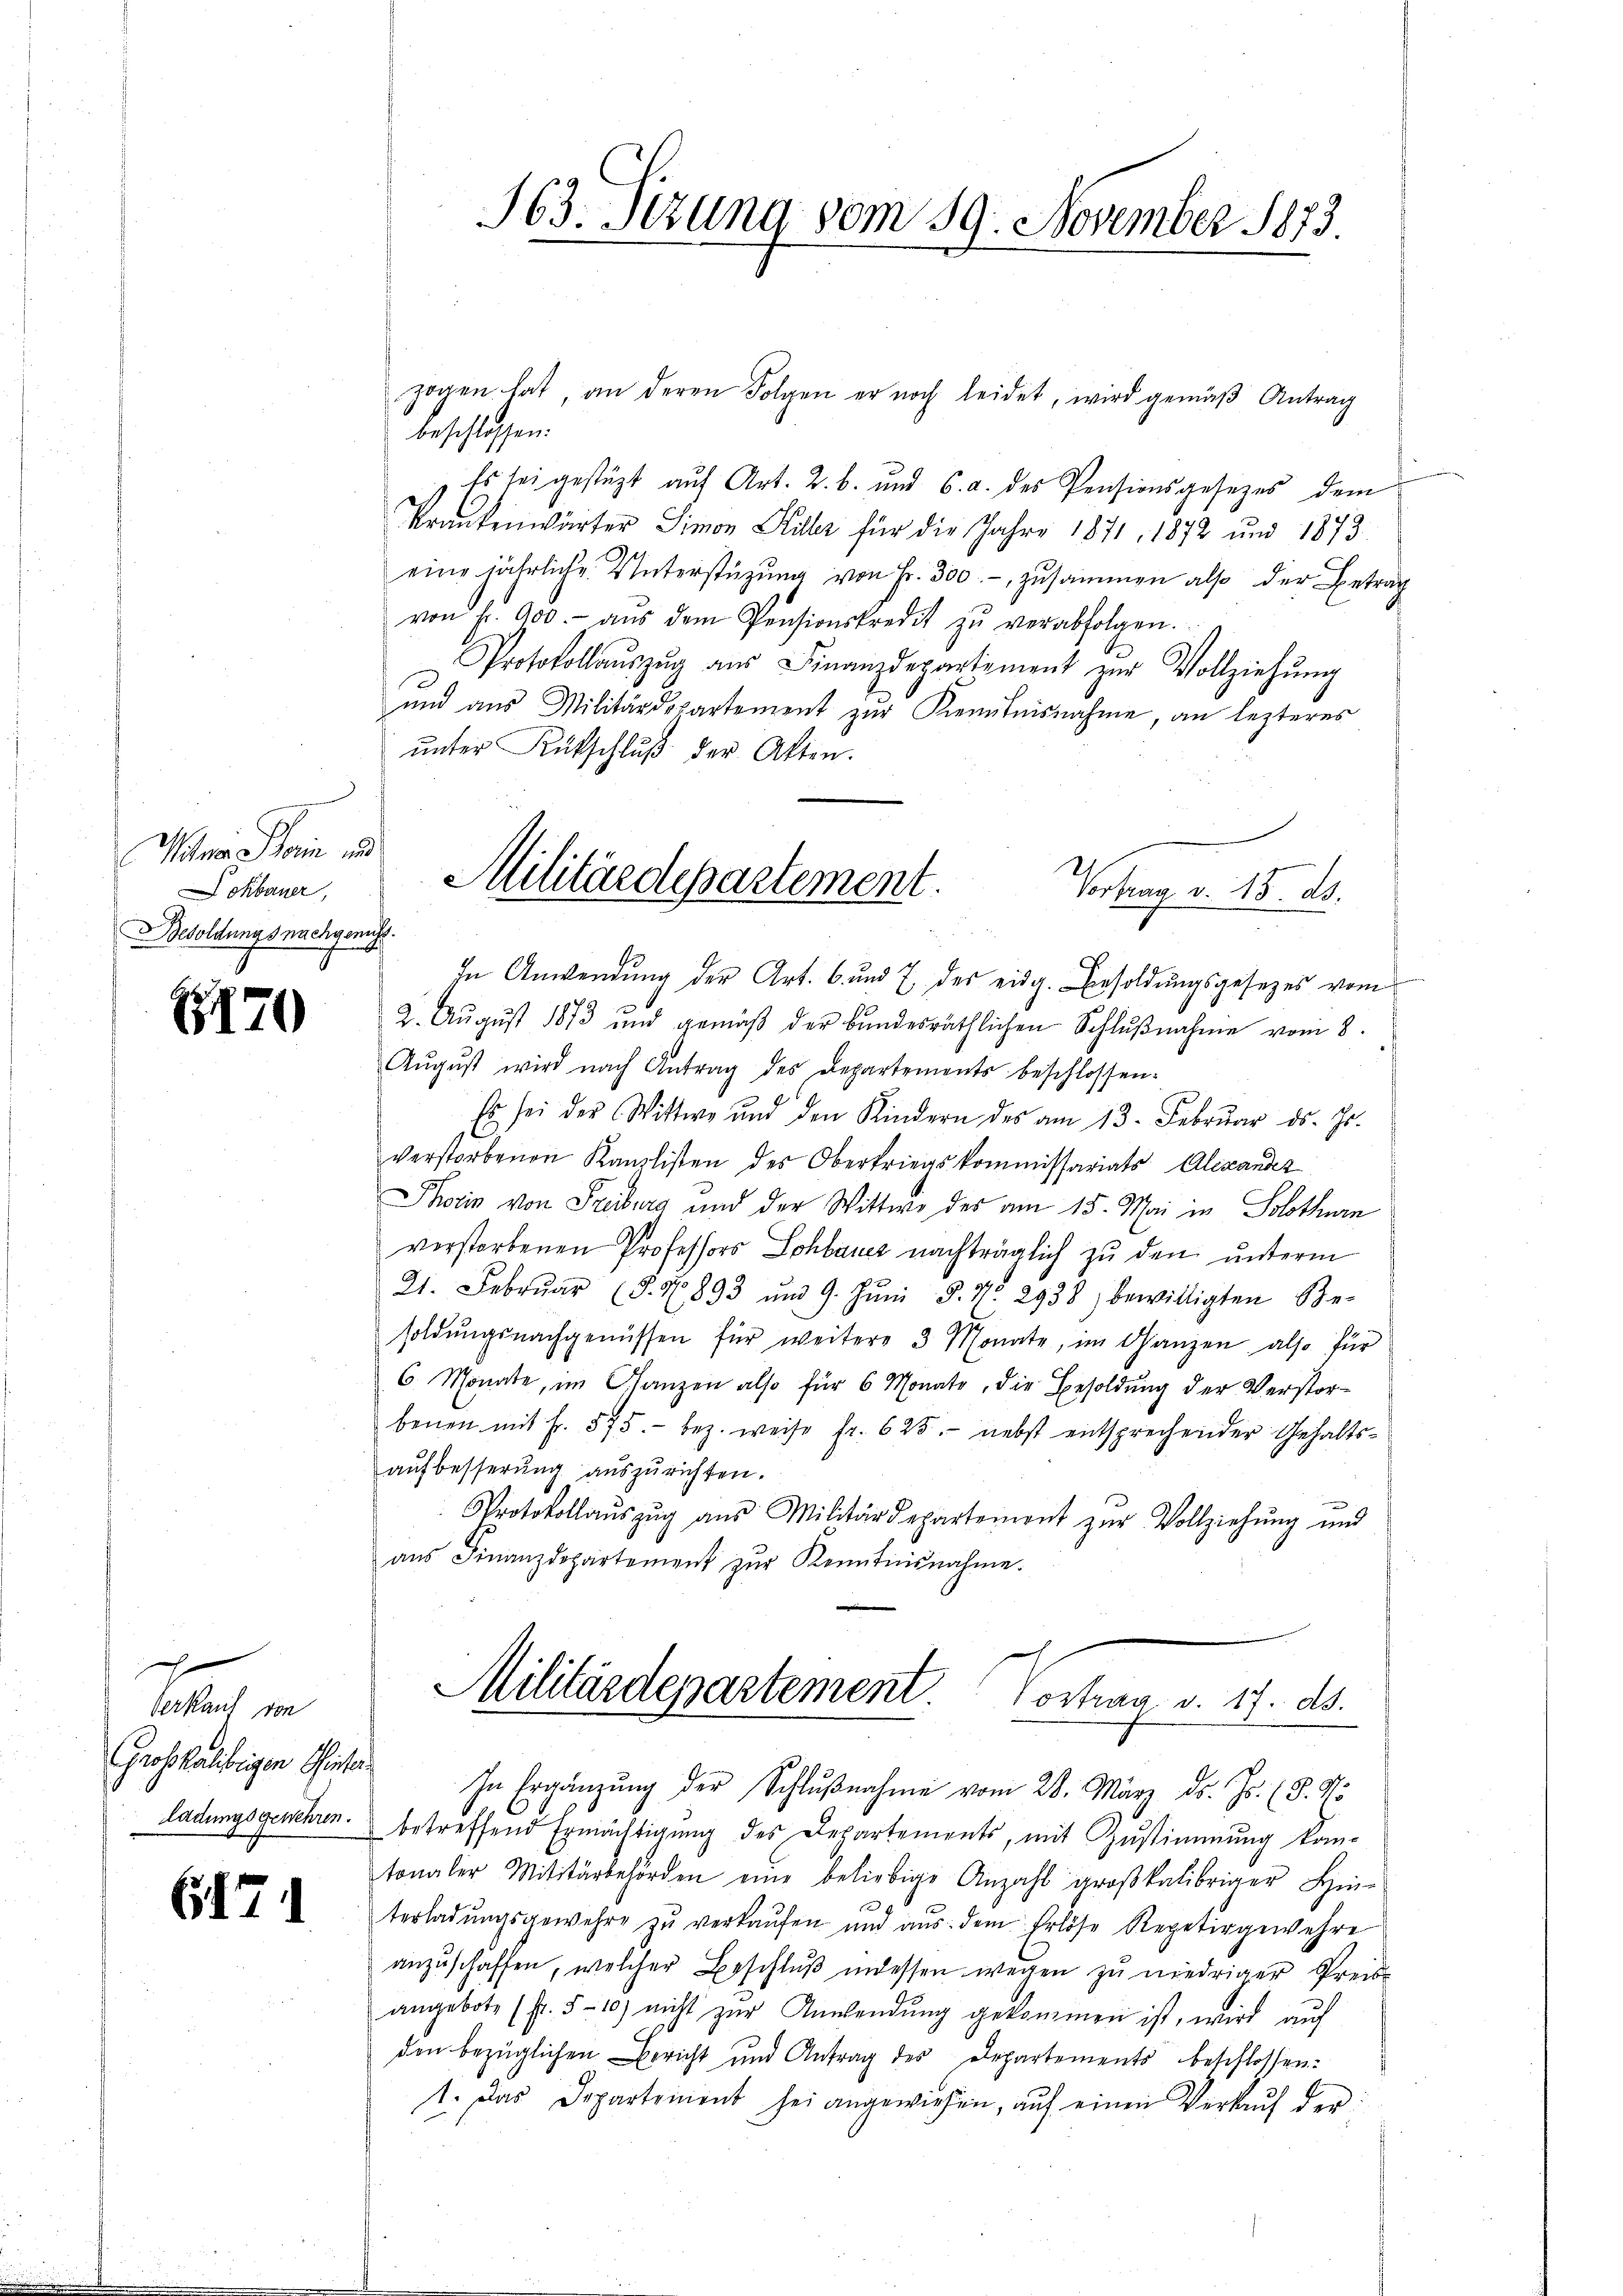
Witwe Pharin und
ohbauer,
Besoldungs nachgenuss.

170

Verkauf von
ladungsgewehren.

617.

163. Itzung vom 19. November 1873.

zogen hat an deren Folgen er noch leidet, wird gemäβ Antrag
beschlossen.
Es sei gestüzt auf Art. 2. b. und 6. a. des Pensionsgesezes dem
Krankenwärter Simon Hiller für die Jahre 1871, 1872 und 1873.
eine jährliche Unterstützŭng von Fr. 300.-, zusammen also der Betrag
von fr. 900.- aŭs dem Pensionskredit zŭ verabfolgen.
Protokollaŭszŭg aŭs Finanzdepartement zŭr Vollziehŭng
und aus Militärdepartement zŭr Kenntnisnahme, an lezteres
unter Rückschluß der Akten.
In Anwendung der Art. 6. und 7. des eidg. Besoldŭngsgesezes vom
2. Aŭgŭst 1873 und gemäβ der bundesräthlichen Schlŭβnahme vom 8.
Aŭgŭst wird nach Antrag des Departements beschlossen.
Es sei der Wittwe und den Kindern des am 13. Febrŭar ds. Js.
verstorbenen Kanzlisten des Obertriegskommissariats Alexander
Thoris von Freiburg und der Wittwe des am 15. Mai in Solothurn
verstorbenen Professors Sohbauer nachträglich zŭ den unterm
21. Febrŭar (§. N. 893 und 9. Jŭni §. 7. 2938 bewilligten Be-
soldŭngsnachgenüssen für weitere 3 Monate, im Ganzen also für
6 Monate, im Ganzen also für 6 Monate, die Besoldung der Verstorbenen mit Fr. 575. bez. weise fr. 625. nebst entsprechender Gehaltsaufbesserung auszurichten.
e
Protokollaŭszŭg aŭs Militärdepartemont zŭr Vollziehŭng und
aŭs Finanzdepartement zŭr Kenntnisnahme.
Militärdepartement. Vortrag v. 17. ds.
Grosskalibrigen Orte In Ergänzŭng der Schlŭβnahme vom 28. März ds. Js. (§. N.
betreffend Ermächtigung des Departements, mit Zustimmung kom-
tonaler Militärbehörden eine beliebige Anzahl groβkalibriger Hin-
terladungsgewehre zu verkaufen und aus dem Erlöse Repetirgewehre
anzuschaffen, welcher Beschluß indessen wegen zu niedriger Preis
angebote (fr. 5 - 10) nicht zŭr Anwendŭng gekommen ist, wird auf
den bezüglichen Bericht und Antrag des Departements beschlossen:
1. Das Departement sei angewiesen, auf einen Verkauf der

Militärdepartement.
Vortrag v. 15. ds.